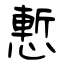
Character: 慙